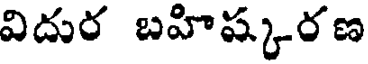
విదుర బహిష్కరణ